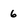
Character: 6